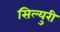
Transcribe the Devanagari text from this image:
सिल्युरी